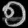
Digit: ၅